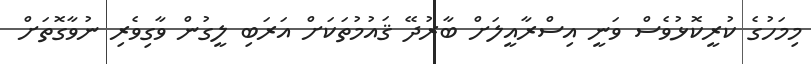
މިމަހުގެ ކުރީކޮޅުވެސް ވަނީ އިސްރާއީލަށް ބާރުދޭ ޤައުމުތަކަށް އަރަބި ލީގުން ވާގިވެރި ނުވާގޮތަށް